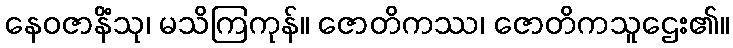
နေဝဇာနိံသု၊ မသိကြကုန်။ ဇောတိကဿ၊ ဇောတိကသူဌေး၏။